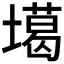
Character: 𡑪